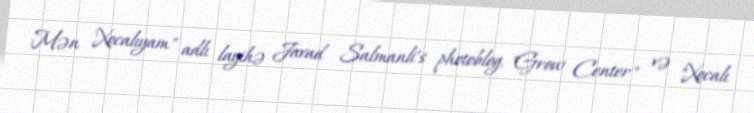
Mən Xocalıyam" adlı layihə Javad Salmanli’s photoblog, "Grow Center" və "Xocalı